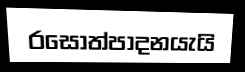
රසෝත්පාදනයැයි